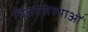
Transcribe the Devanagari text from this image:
चिंतनसंस्थाओं